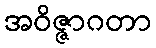
အဝိဇ္ဇာဂတာ